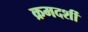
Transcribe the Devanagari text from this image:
क्रमदर्शी